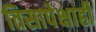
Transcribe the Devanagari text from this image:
तिसापेक्षाही